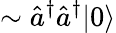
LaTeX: \sim\hat{a}^{\dagger}\hat{a}^{\dagger}|0\rangle